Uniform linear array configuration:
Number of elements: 48
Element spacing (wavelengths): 0.75
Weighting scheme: cosine
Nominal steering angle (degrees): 0
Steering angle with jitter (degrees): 1.144
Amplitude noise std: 0.05
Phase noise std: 0.05

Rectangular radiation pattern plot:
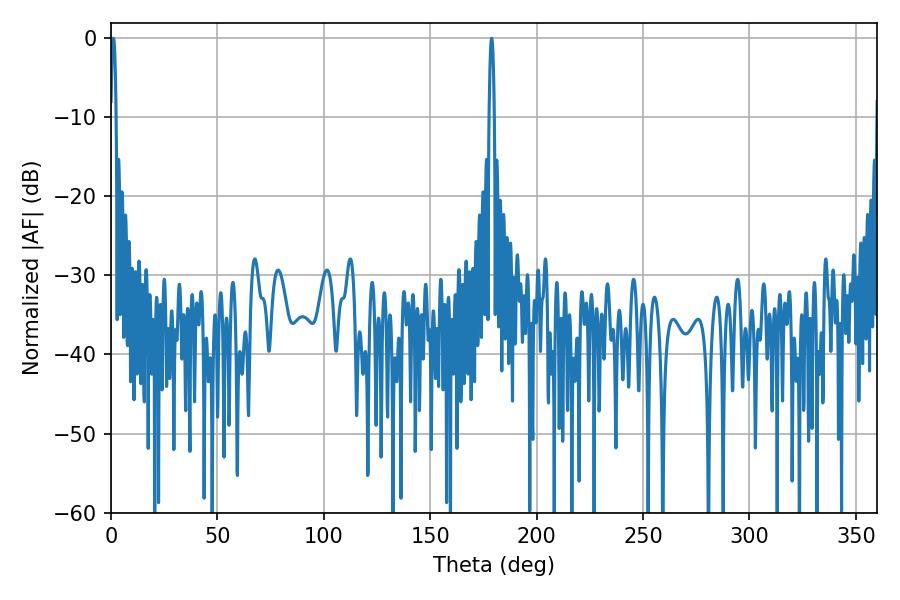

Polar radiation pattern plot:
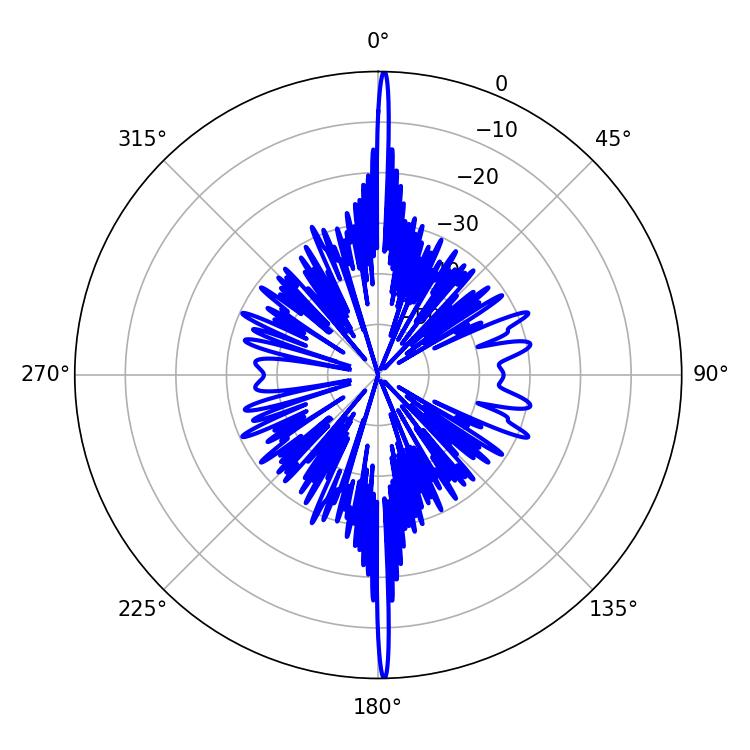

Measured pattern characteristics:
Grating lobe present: TRUE
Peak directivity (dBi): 31.694
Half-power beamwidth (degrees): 1.26
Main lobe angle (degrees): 1.08